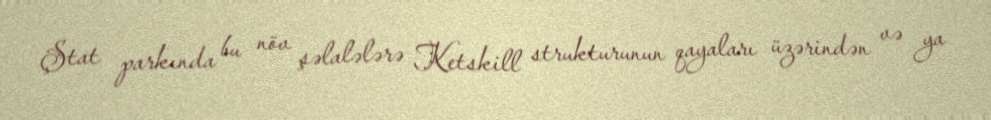
Ştat parkında bu növ şəlalələrə Ketskill strukturunun qayaları üzərindən və ya